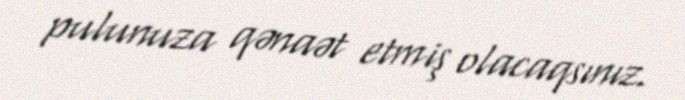
pulunuza qənaət etmiş olacaqsınız.